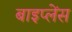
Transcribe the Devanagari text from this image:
बाइप्‍लेंस